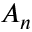
A _ { n }